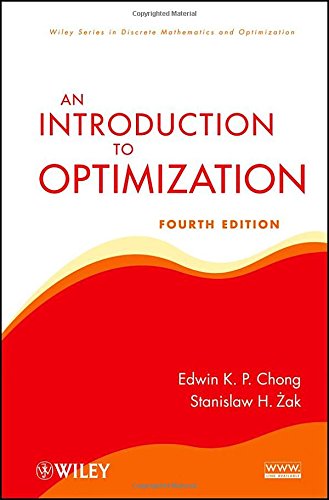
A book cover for An Introduction to Optimization; Edwin K. P. Chong; Business & Money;